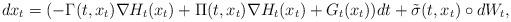
LaTeX: \begin{align*}dx_t=(-\Gamma(t,x_t)\nabla H_t(x_t)+\Pi(t,x_t)\nabla H_t(x_t)+G_t(x_t))dt+\tilde \sigma(t,x_t)\circ dW_t,\end{align*}